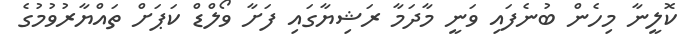
ކޮލީނާ މިހެން ބުނެފައި ވަނީ މާދަމާ ރަޝިޔާގައި ފަށާ ވޯލްޑް ކަޕަށް ތައްޔާރުވުމުގެ